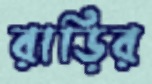
রাড়ির